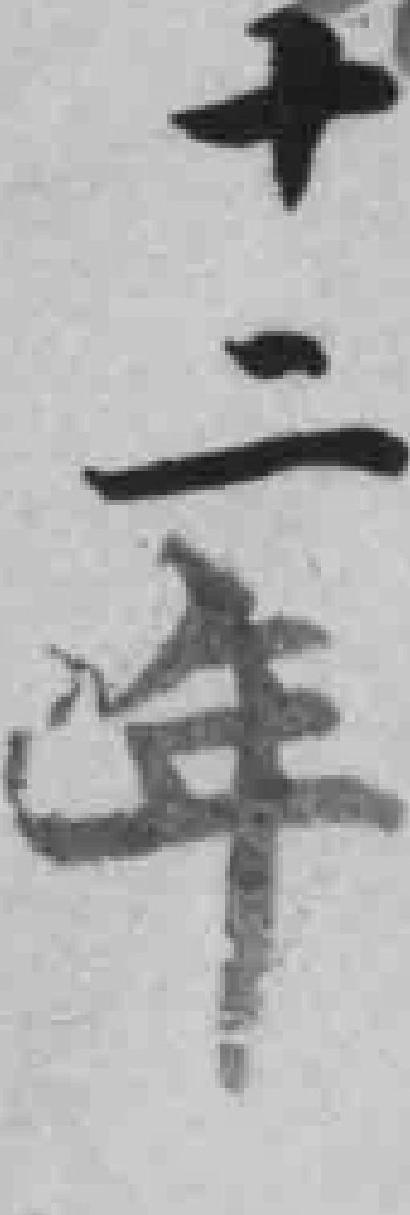
十二年